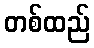
တစ်ထည်